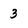
Character: 3